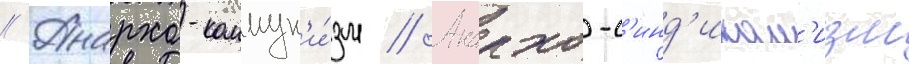
// Анархо-коммун'и́зм // Анархо-с'инд'икал'изм